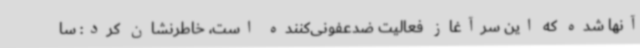
آنها شده که این سرآغاز فعالیت ضدعفونی‌کننده است، خاطرنشان کرد: سا